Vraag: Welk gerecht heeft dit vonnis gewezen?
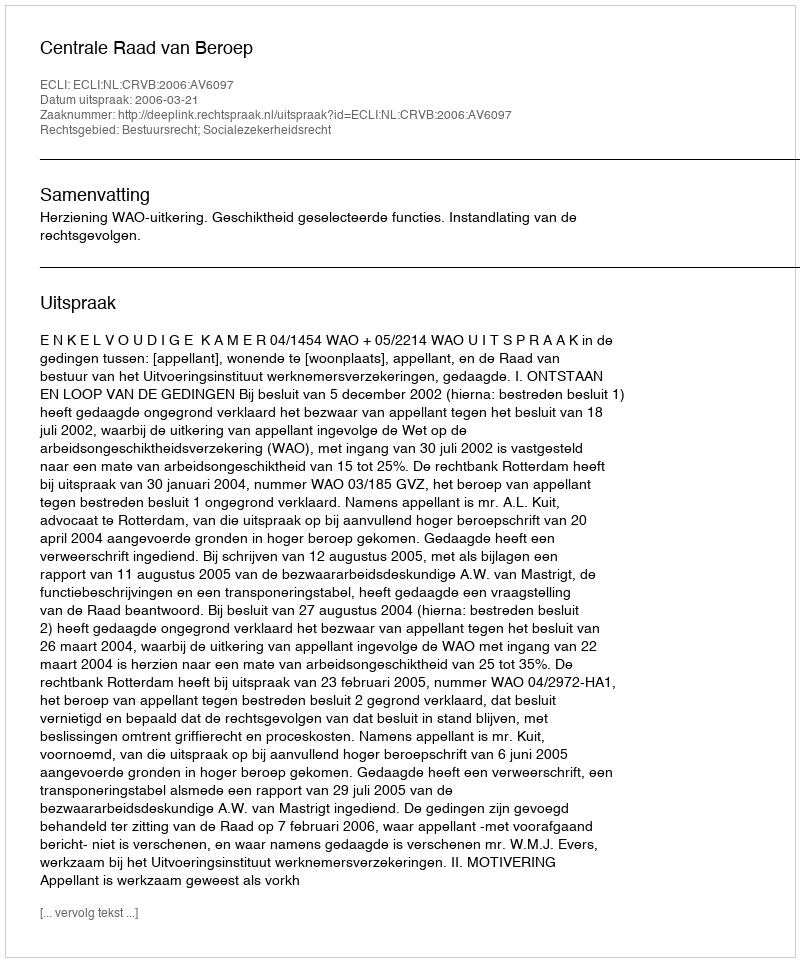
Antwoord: Centrale Raad van Beroep